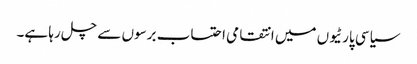
سیاسی پارٹیوں میں انتقامی احتساب برسوں سے چل رہا ہے۔